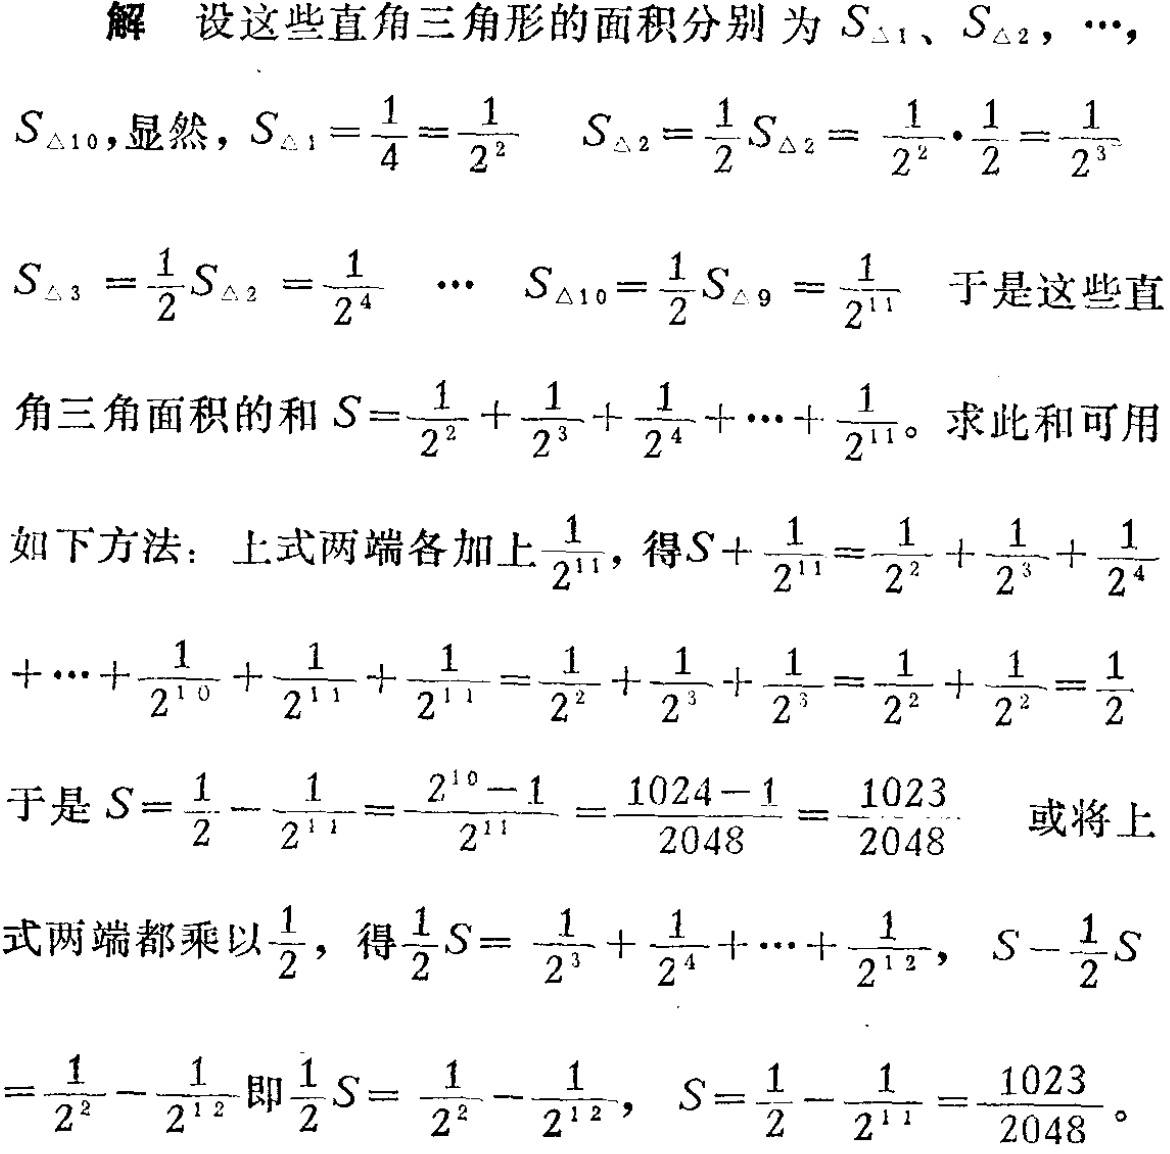
解 设这些直角三角形的面积分别为 \(S_{\triangle1}、S_{\triangle2},\cdots,\)

\(S_{\triangle10}\)，显然，\(S_{\triangle1}=\frac{1}{4}=\frac{1}{2^2}\)  \(S_{\triangle2}=\frac{1}{2}S_{\triangle2}=\frac{1}{2^2}\cdot\frac{1}{2}=\frac{1}{2^3}\)

\(S_{\triangle3}=\frac{1}{2}S_{\triangle2}=\frac{1}{2^4}\)  \(\cdots\)  \(S_{\triangle10}=\frac{1}{2}S_{\triangle9}=\frac{1}{2^{11}}\) 于是这些直

角三角面积的和 \(S = \frac{1}{2^2}+\frac{1}{2^3}+\frac{1}{2^4}+\cdots+\frac{1}{2^{11}}\)。求此和可用

如下方法：上式两端各加上 \(\frac{1}{2^{11}}\)，得 \(S+\frac{1}{2^{11}}=\frac{1}{2^2}+\frac{1}{2^3}+\frac{1}{2^4}\)

\(+\cdots+\frac{1}{2^{10}}+\frac{1}{2^{11}}+\frac{1}{2^{11}}=\frac{1}{2^2}+\frac{1}{2^3}+\frac{1}{2^3}=\frac{1}{2^2}+\frac{1}{2^2}=\frac{1}{2}\)

于是 \(S=\frac{1}{2}-\frac{1}{2^{11}}=\frac{2^{10}-1}{2^{11}}=\frac{1024 - 1}{2048}=\frac{1023}{2048}\) 或将上

式两端都乘以 \(\frac{1}{2}\)，得 \(\frac{1}{2}S=\frac{1}{2^3}+\frac{1}{2^4}+\cdots+\frac{1}{2^{12}}\)，\(S-\frac{1}{2}S\)

\(=\frac{1}{2^2}-\frac{1}{2^{12}}\)即 \(\frac{1}{2}S=\frac{1}{2^2}-\frac{1}{2^{12}}\)，\(S=\frac{1}{2}-\frac{1}{2^{11}}=\frac{1023}{2048}\)。